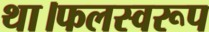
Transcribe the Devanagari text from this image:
था।फलस्वरूप